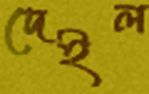
দেইল